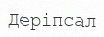
Деріпсал